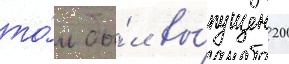
то́м бы́л вы́пущен 20